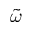
\Tilde { \omega }